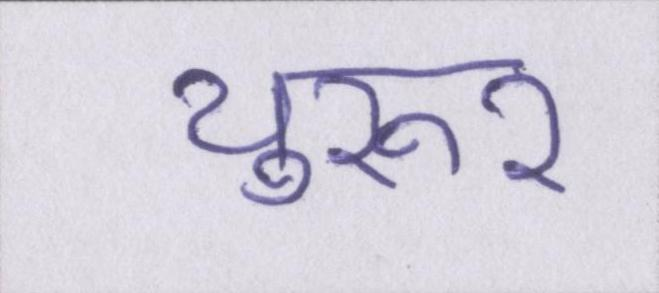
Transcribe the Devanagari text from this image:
थुरूर